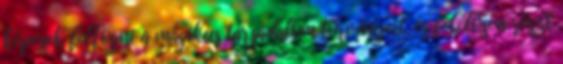
képesek felfogni a mágikus társadalom törvényeit, és felelősen részt